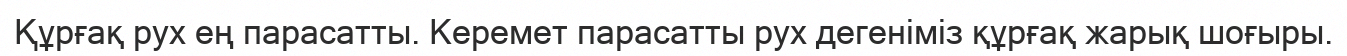
Құрғақ рух ең парасатты. Керемет парасатты рух дегеніміз құрғақ жарық шоғыры.